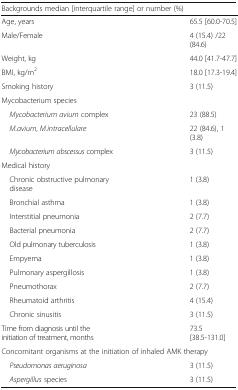
| Backgrounds median [interquartile range] or number (%) |  |
 | --- | --- |
 | Age, years | 65.5 [60.0-70.5] |
 | Male/Female | 4 (15.4) /22 (84.6) |
 | Weight, kg | 44.0 [41.7-47.7] |
 | BMI, kg/m2 | 18.0 [17.3-19.4] |
 | Smoking history | 3 (11.5) |
 | <COLSPAN=2> Mycobacterium species |
 | Mycobacterium avium complex | 23 (88.5) |
 | M.avium, M.intracellulare | 22 (84.6), 1 (3.8) |
 | Mycobacterium abscessus complex | 3 (11.5) |
 | <COLSPAN=2> Medical history |
 | Chronic obstructive pulmonary disease | 1 (3.8) |
 | Bronchial asthma | 1 (3.8) |
 | Interstitial pneumonia | 2 (7.7) |
 | Bacterial pneumonia | 2 (7.7) |
 | Old pulmonary tuberculosis | 1 (3.8) |
 | Empyema | 1 (3.8) |
 | Pulmonary aspergillosis | 1 (3.8) |
 | Pneumothorax | 2 (7.7) |
 | Rheumatoid arthritis | 4 (15.4) |
 | Chronic sinusitis | 3 (11.5) |
 | Time from diagnosis until the initiation of treatment, months | 73.5 [38.5-131.0] |
 | <COLSPAN=2> Concomitant organisms at the initiation of inhaled AMK therapy |
 | Pseudomonas aeruginosa | 3 (11.5) |
 | Aspergillus species | 3 (11.5) |